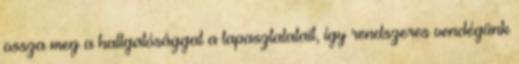
ossza meg a hallgatósággal a tapasztalatait, így rendszeres vendégünk